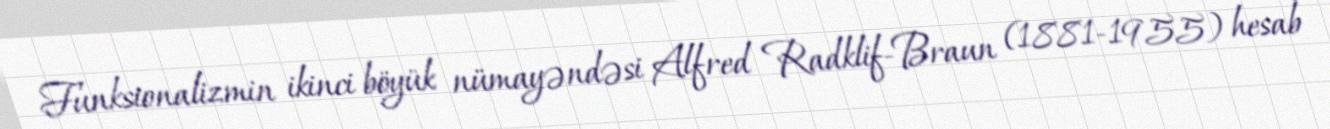
Funksionalizmin ikinci böyük nümayəndəsi Alfred Radklif-Braun (1881-1955) hesab